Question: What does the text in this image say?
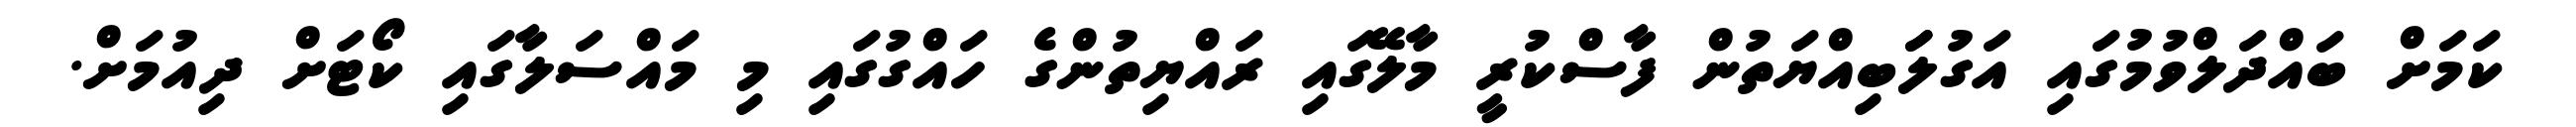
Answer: ކަމަށް ބައްދަލްވުމުގައި އަގުލަަބިއްޔަތުން ފާސްކުރީ މާލޭގައި ރައްޔިތުންގެ ހައްގުގައި މި މައްސަލާގައި ކޯޓަށް ދިއުމަށް.